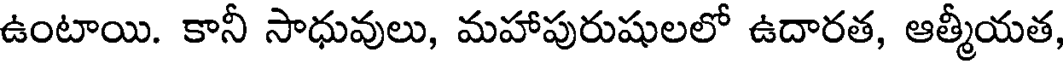
ఉంటాయి. కానీ సాధువులు, మహాపురుషులలో ఉదారత, ఆత్మీయత,